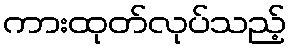
ကားထုတ်လုပ်သည့်